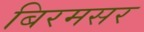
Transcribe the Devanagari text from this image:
बिरमसर